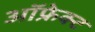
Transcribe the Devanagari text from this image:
ऑफ्रेक्ट